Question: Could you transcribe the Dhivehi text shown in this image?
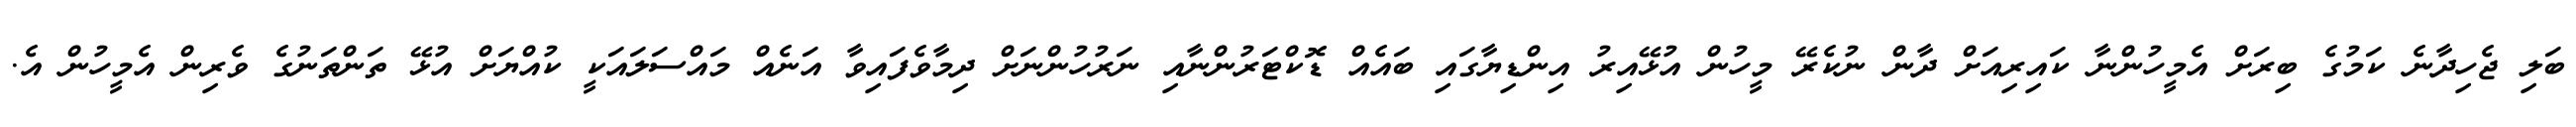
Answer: ބަލި ޖެހިދާނެ ކަމުގެ ބިރަށް އެމީހުންނާ ކައިރިއަށް ދާން ނުކެރޭ މީހުން އުޅޭއިރު އިންޑިޔާގައި ބައެއް ޑޮކްޓަރުންނާއި ނަރުހުންނަށް ދިމާވެފައިވާ އަނެއް މައްސަލައަކީ ކުއްޔަށް އުޅޭ ތަންތަނުގެ ވެރިން އެމީހުން އެ.